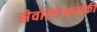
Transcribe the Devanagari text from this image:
सेवोलोज्हसकी